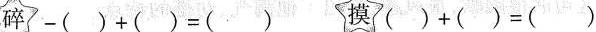
碎-()+()=() 摸7()+()=()